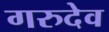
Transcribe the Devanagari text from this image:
गरुदेव